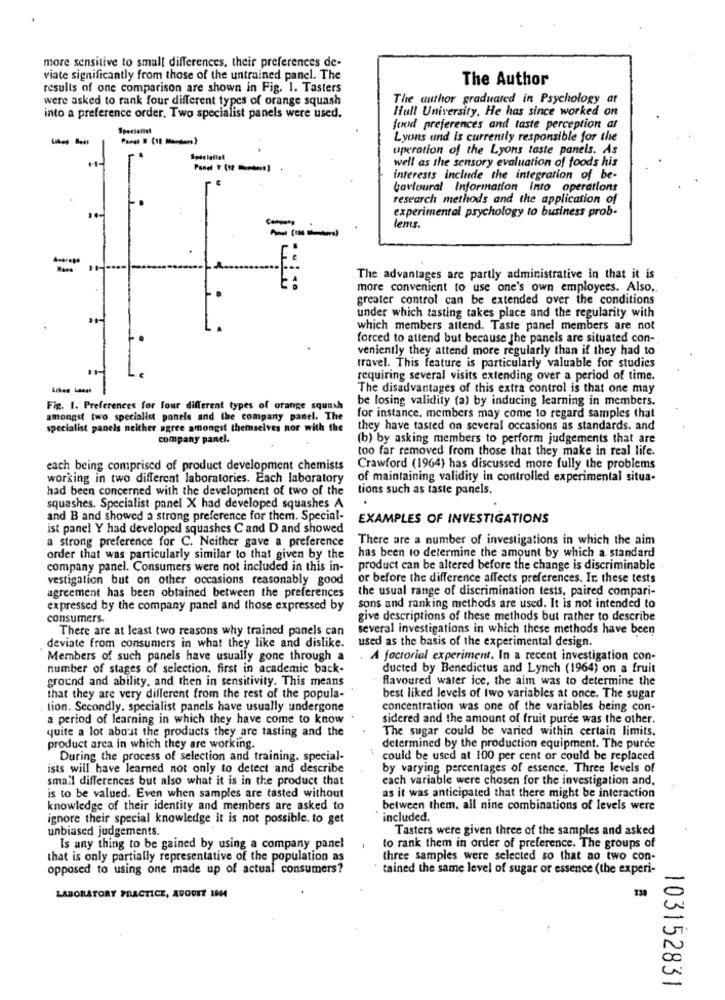
more sensitive to small differences, their preferences de-
viate significantly from those of the untrained panel. The
The Author
results of one comparison are shown in Fig. 1. Tasters
were asked to rank four different types of orange squash
The author graduated in Psychology at
Hull University. He has since worked on
into a preference order, Two specialist panels were used.
food preferences and taste perception at
Pares # (18 Members)
Lyons und is currently responsible for the
uperation of the Lyons taste panels. As
Specialiel
well as the sensory evaluation of foods his
interests include the integration of be-
Lavioural Information Into operations
research methods and the application of
experimental psychology to business prob.
lems.
The advantages are partly administrative in that it is
more convenient to use one's own employees. Also,
greater control can be extended over the conditions
under which tasting takes place and the regularity with
which members attend. Taste panel members are not
forced to attend but because the panels are situated con-
veniently they attend more regularly than if they had to
travel. This feature is particularly valuable for studies
requiring several visits extending over a period of time.
The disadvantages of this extra control is that one may
be losing validity (a) by inducing learning in members.
Fix. I. Preferences for four different types of orange squash
amongst two specialist panels and the company panel. The
for instance, members may come to regard samples that
specialist panels neither agree amongst themselves nor with the
they have tasted on several occasions as standards. and
company panel.
(b) by asking members to perform judgements that are
too far removed from those that they make in real life.
each being comprised of product development chemists
Crawford (1964) has discussed more fully the problems
working in two different laboratories. Each laboratory
of maintaining validity in controlled experimental situa-
had been concerned with the development of two of the
tions such as taste panels.
squashes. Specialist panel X had developed squashes A
and B and showed a strong preference for them. Special-
EXAMPLES OF INVESTIGATIONS
ist panel Y had developed squashes C and D and showed
a strong preference for C. Neither gave a preference
There are a number of investigations in which the aim
order that was particularly similar to that given by the
has been to determine the amount by which a standard
company panel. Consumers were not included in this in-
product can be altered before the change is discriminable
vestigation but on other occasions reasonably good
or before the difference affects preferences. In these tests
agreement has been obtained between the preferences
the usual range of discrimination tests, paired compari-
expressed by the company panel and those expressed by
sons and ranking methods are used. It is not intended to
consumers.
give descriptions of these methods but rather to describe
There are at least two reasons why trained panels can
several investigations in which these methods have been
used as the basis of the experimental design.
deviate from consumers in what they like and dislike.
Members of such panels have usually gone through a
A factorial experiment. In a recent investigation con-
number of stages of selection. first in academic back-
ducted by Benedictus and Lynch (1964) on a fruit
ground and ability, and then in sensitivity. This means
flavoured water ice, the aim was to determine the
that they are very different from the rest of the popula-
best liked levels of two variables at once. The sugar
tion. Secondly. specialist panels have usually undergone
concentration was one of the variables being con-
a period of learning in which they have come to know
sidered and the amount of fruit puree was the other.
quite a lot about the products they are tasting and the
The sugar could be varied within certain limits.
product arca in which they are working.
:
determined by the production equipment. The purde
During the process of selection and training. special-
could be used at 100 per cent or could be replaced
ists will have learned not only to detect and describe
by varying percentages of essence. Three levels of
small differences but also what it is in the product that
each variable were chosen for the investigation and.
is to be valued. Even when samples are tasted without
as it was anticipated that there might be interaction
knowledge of their identity and members are asked to
between them. all nine combinations of levels were
ignore their special knowledge it is not possible. to get
included.
unbiased judgements.
Tasters were given three of the samples and asked
Is any thing to be gained by using a company panel
to rank them in order of preference. The groups of
that is only partially representative of the population as
three samples were selected so that no two con-
opposed to using one made up of actual consumers?
" tained the same level of sugar or essence (the experi-
LABORATORY PRACTICE, AVODET 1944
103152831